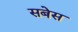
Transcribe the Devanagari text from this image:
सबेस